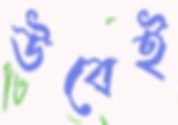
উবেই